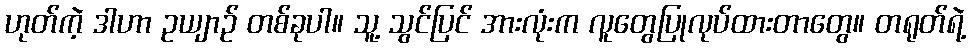
ဟုတ်ကဲ့ ဒါဟာ ဥယျာဉ် တစ်ခုပါ။ သူ့ သွင်ပြင် အားလုံးက လူတွေပြုလုပ်ထားတာတွေ။ တရုတ်ရဲ့